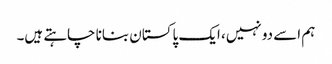
ہم اسے دو نہیں، ایک پاکستان بنانا چاہتے ہیں۔